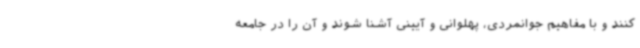
کنند و با مفاهیم جوانمردی، پهلوانی و آیینی آشنا شوند و آن را در جامعه